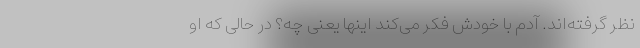
نظر گرفته‌اند. آدم با خودش فکر می‌کند اینها یعنی چه؟ در حالی که او